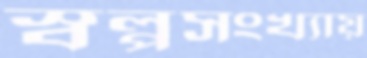
স্বল্পসংখ্যায়